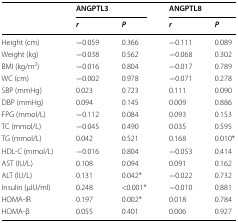
<table><thead><tr><td rowspan="2"></td><td colspan="2"><b>ANGPTL3</b></td><td colspan="2"><b>ANGPTL8</b></td></tr><tr><td><b><i>r</i></b></td><td><b><i>P</i></b></td><td><b><i>r</i></b></td><td><b><i>P</i></b></td></tr></thead><tbody><tr><td>Height (cm)</td><td>−0.059</td><td>0.366</td><td>−0.111</td><td>0.089</td></tr><tr><td>Weight (kg)</td><td>−0.038</td><td>0.562</td><td>−0.068</td><td>0.302</td></tr><tr><td>BMI (kg/m<sup>2</sup>)</td><td>−0.016</td><td>0.804</td><td>−0.017</td><td>0.789</td></tr><tr><td>WC (cm)</td><td>−0.002</td><td>0.978</td><td>−0.071</td><td>0.278</td></tr><tr><td>SBP (mmHg)</td><td>0.023</td><td>0.723</td><td>0.111</td><td>0.090</td></tr><tr><td>DBP (mmHg)</td><td>0.094</td><td>0.145</td><td>0.009</td><td>0.886</td></tr><tr><td>FPG (mmol/L)</td><td>−0.112</td><td>0.084</td><td>0.093</td><td>0.153</td></tr><tr><td>TC (mmol/L)</td><td>−0.045</td><td>0.490</td><td>0.035</td><td>0.595</td></tr><tr><td>TG (mmol/L)</td><td>0.042</td><td>0.521</td><td>0.168</td><td>0.010*</td></tr><tr><td>HDL-C (mmol/L)</td><td>−0.016</td><td>0.804</td><td>−0.053</td><td>0.414</td></tr><tr><td>AST (IU/L)</td><td>0.108</td><td>0.094</td><td>0.091</td><td>0.162</td></tr><tr><td>ALT (IU/L)</td><td>0.131</td><td>0.042*</td><td>−0.022</td><td>0.732</td></tr><tr><td>Insulin (μIU/ml)</td><td>0.248</td><td>&lt;0.001*</td><td>−0.010</td><td>0.881</td></tr><tr><td>HOMA-IR</td><td>0.197</td><td>0.002*</td><td>0.018</td><td>0.784</td></tr><tr><td>HOMA-β</td><td>0.055</td><td>0.401</td><td>0.006</td><td>0.927</td></tr></tbody></table>